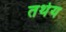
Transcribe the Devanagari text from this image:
तथेय